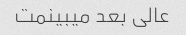
عالی بعد میبینمت